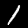
Label: 1